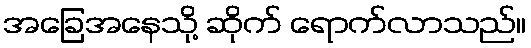
အခြေအနေသို့ ဆိုက် ရောက်လာသည်။